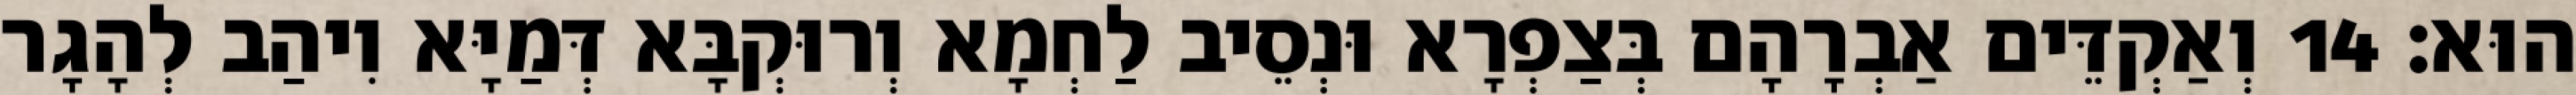
הוּא׃ 14 וְאַקְדֵּים אַבְרָהָם בְּצַפְרָא וּנְסֵיב לַחְמָא וְרוּקְבָּא דְּמַיָּא וִיהַב לְהָגָר